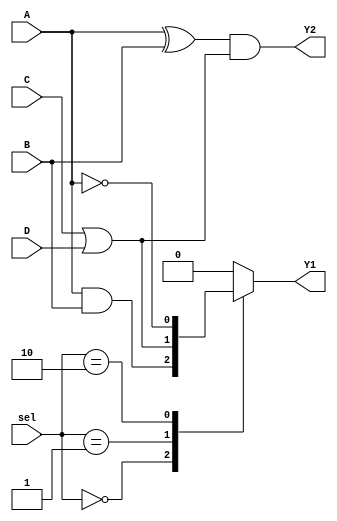
module combinational_logic_block (
    input wire A,       // Input A
    input wire B,       // Input B
    input wire C,       // Input C
    input wire D,       // Input D
    input wire [1:0] sel, // Select lines for multiplexing
    output wire Y1,     // Output Y1
    output wire Y2      // Output Y2
);

    // Internal logic signals
    wire and_output;     // Output of AND gate
    wire or_output;      // Output of OR gate
    wire not_output;     // Output of NOT gate
    wire mux_output;     // Output of multiplexer

    // Example Logic Operations
    // AND operation
    assign and_output = A & B;

    // OR operation
    assign or_output = C | D;

    // NOT operation
    assign not_output = ~A;

    // Multiplexer to select output based on 'sel' signal
    always @(*) begin
        case (sel)
            2'b00: Y1 = and_output; // Select AND output for Y1
            2'b01: Y1 = or_output;  // Select OR output for Y1
            2'b10: Y1 = not_output; // Select NOT output for Y1
            default: Y1 = 1'b0;     // Default case
        endcase
    end

    // Example functionality for Y2
    // Y2 can be a combination of inputs or other logic outputs
    assign Y2 = (A ^ B) & (C | D); // Example: XOR followed by AND with OR

endmodule